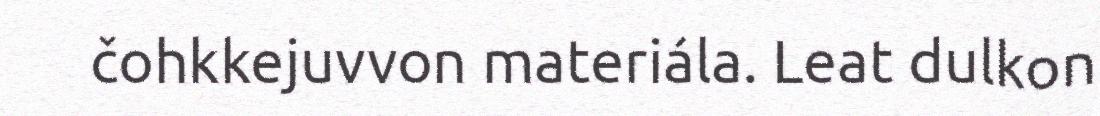
čohkkejuvvon materiála. Leat dulkon